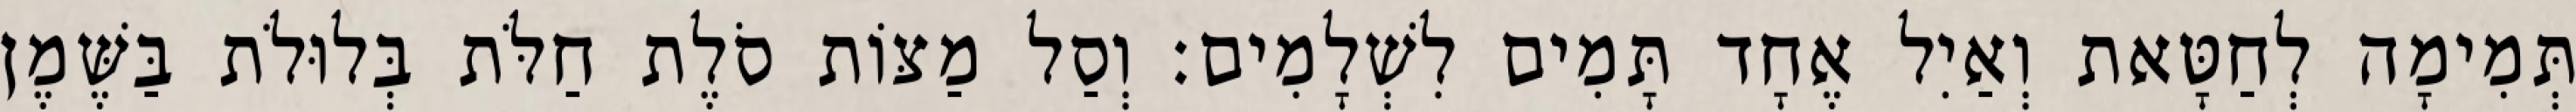
תְּמִימָה לְחַטָּאת וְאַיִל אֶחָד תָּמִים לִשְׁלָמִים׃ וְסַל מַצּוֹת סֹלֶת חַלֹּת בְּלוּלֹת בַּשֶּׁמֶן